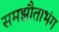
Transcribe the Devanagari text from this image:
समझौताभंग